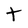
Character: t